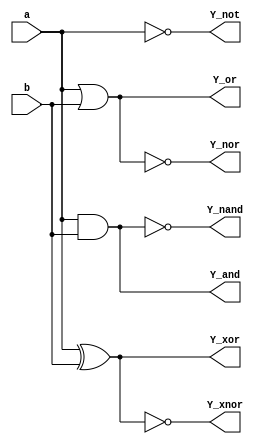
module BasicGates_structural(a,b,Y_and,Y_or,Y_not,Y_nand,Y_nor,Y_xor,Y_xnor);
  input a,b;
  output Y_and,Y_or,Y_not,Y_nand,Y_nor,Y_xor,Y_xnor;
  and g1(Y_and,a,b);
  or g2(Y_or,a,b);
  not g3(Y_not,a);
  nand g4(Y_nand,a,b);
  nor g5(Y_nor,a,b);
  xor g6(Y_xor,a,b);
  xnor g7(Y_xnor,a,b);
endmodule